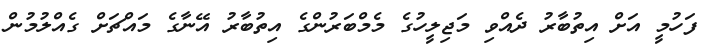
ފަހުމީ އަށް އިތުބާރު ދެއްވި މަޖިލީހުގެ މެމްބަރުންގެ އިތުބާރު އޭނާގެ މައްޗަށް ގެއްލުމުން